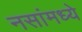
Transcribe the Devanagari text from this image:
नसांमध्ये